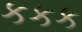
કકક